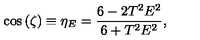
\cos \left( \zeta \right) \equiv \eta _ { E } = \frac { 6 - 2 T ^ { 2 } E ^ { 2 } } { 6 + T ^ { 2 } E ^ { 2 } } ,